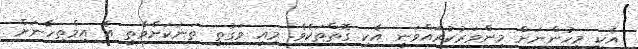
އެކި މީހުންނަށް މިންވަރުކުރައްވަނީ އެކި ގޮތްތަކެވެ. މިއީ ވަގުތީ ތަނަކަށްވާތީ އެ އިމްތިހާނަށް